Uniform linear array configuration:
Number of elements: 32
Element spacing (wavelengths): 0.5
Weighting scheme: hamming
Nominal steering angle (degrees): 45
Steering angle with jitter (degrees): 43.804
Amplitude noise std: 0.05
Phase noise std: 0.05

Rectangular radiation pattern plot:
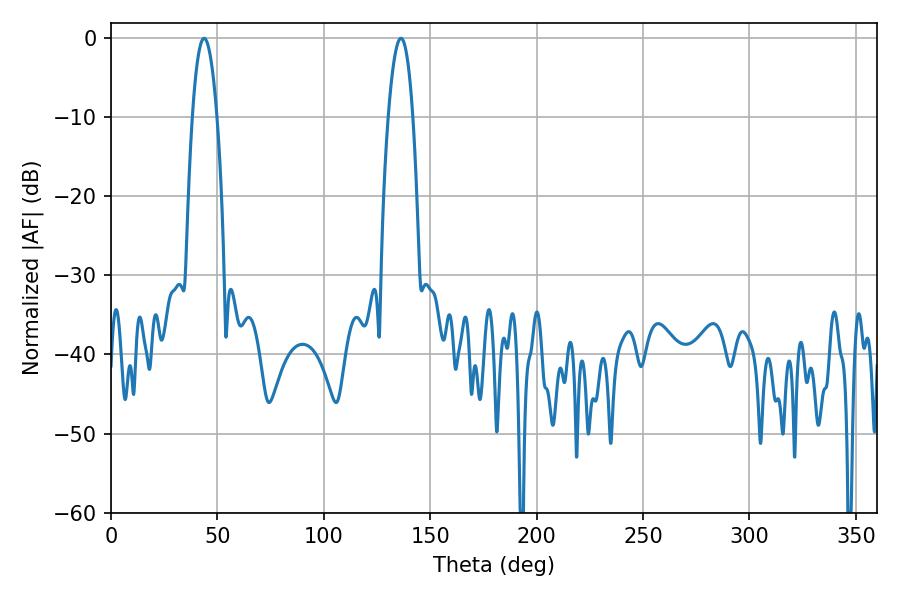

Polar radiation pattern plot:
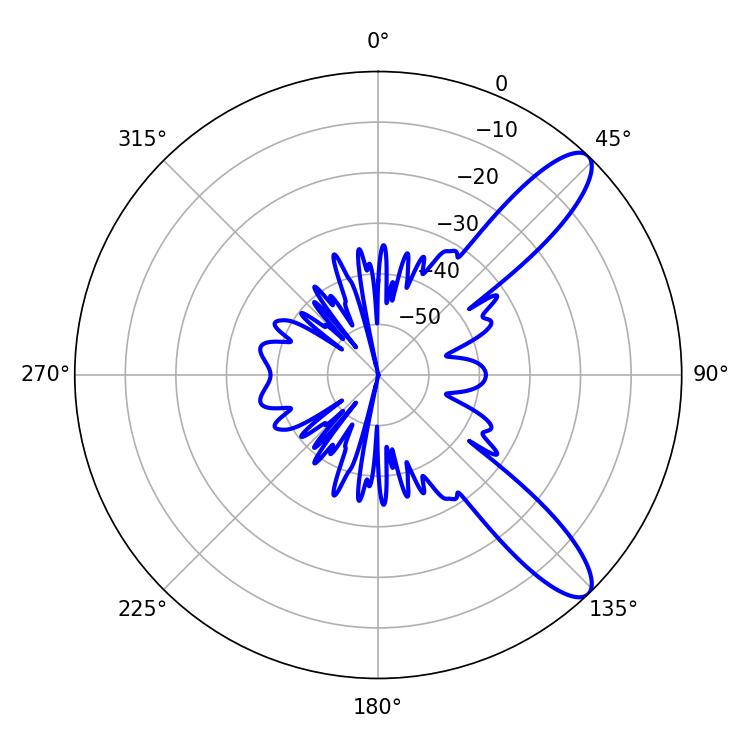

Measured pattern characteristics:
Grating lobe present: FALSE
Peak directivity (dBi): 10.798
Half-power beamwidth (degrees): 6.3
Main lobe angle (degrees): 43.74